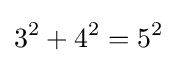
3^{2}+4^{2}=5^{2}